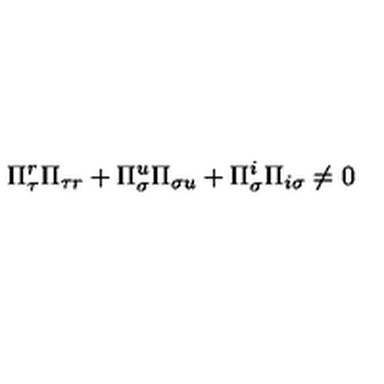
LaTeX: \Pi _ { \tau } ^ { r } \Pi _ { \tau r } + \Pi _ { \sigma } ^ { u } \Pi _ { \sigma u } + \Pi _ { \sigma } ^ { i } \Pi _ { i \sigma } \neq 0